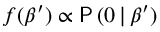
f ( \beta ^ { \prime } ) \propto \mathsf { P } \, ( 0 \, | \, \beta ^ { \prime } )